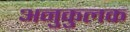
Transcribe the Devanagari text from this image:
अनुकुलक